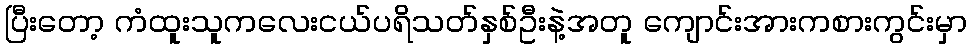
ပြီးတော့ ကံထူးသူကလေးငယ်ပရိသတ်နှစ်ဦးနဲ့အတူ ကျောင်းအားကစားကွင်းမှာ